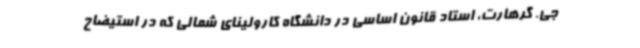
جی. گرهارت، استاد قانون اساسی در دانشگاه کارولینای شمالی که در استیضاح